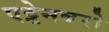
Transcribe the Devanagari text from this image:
एट्टेनबरो